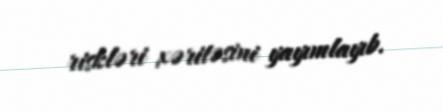
riskləri xəritəsini yayımlayıb.